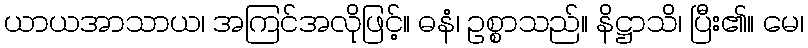
ယာယအာသာယ၊ အကြင်အလိုဖြင့်။ ဓနံ၊ ဥစ္စာသည်။ နိဋ္ဌာသိ၊ ပြီး၏။ မေ၊